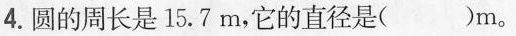
4.圆的周长是15.7m，它的直径是( )m。